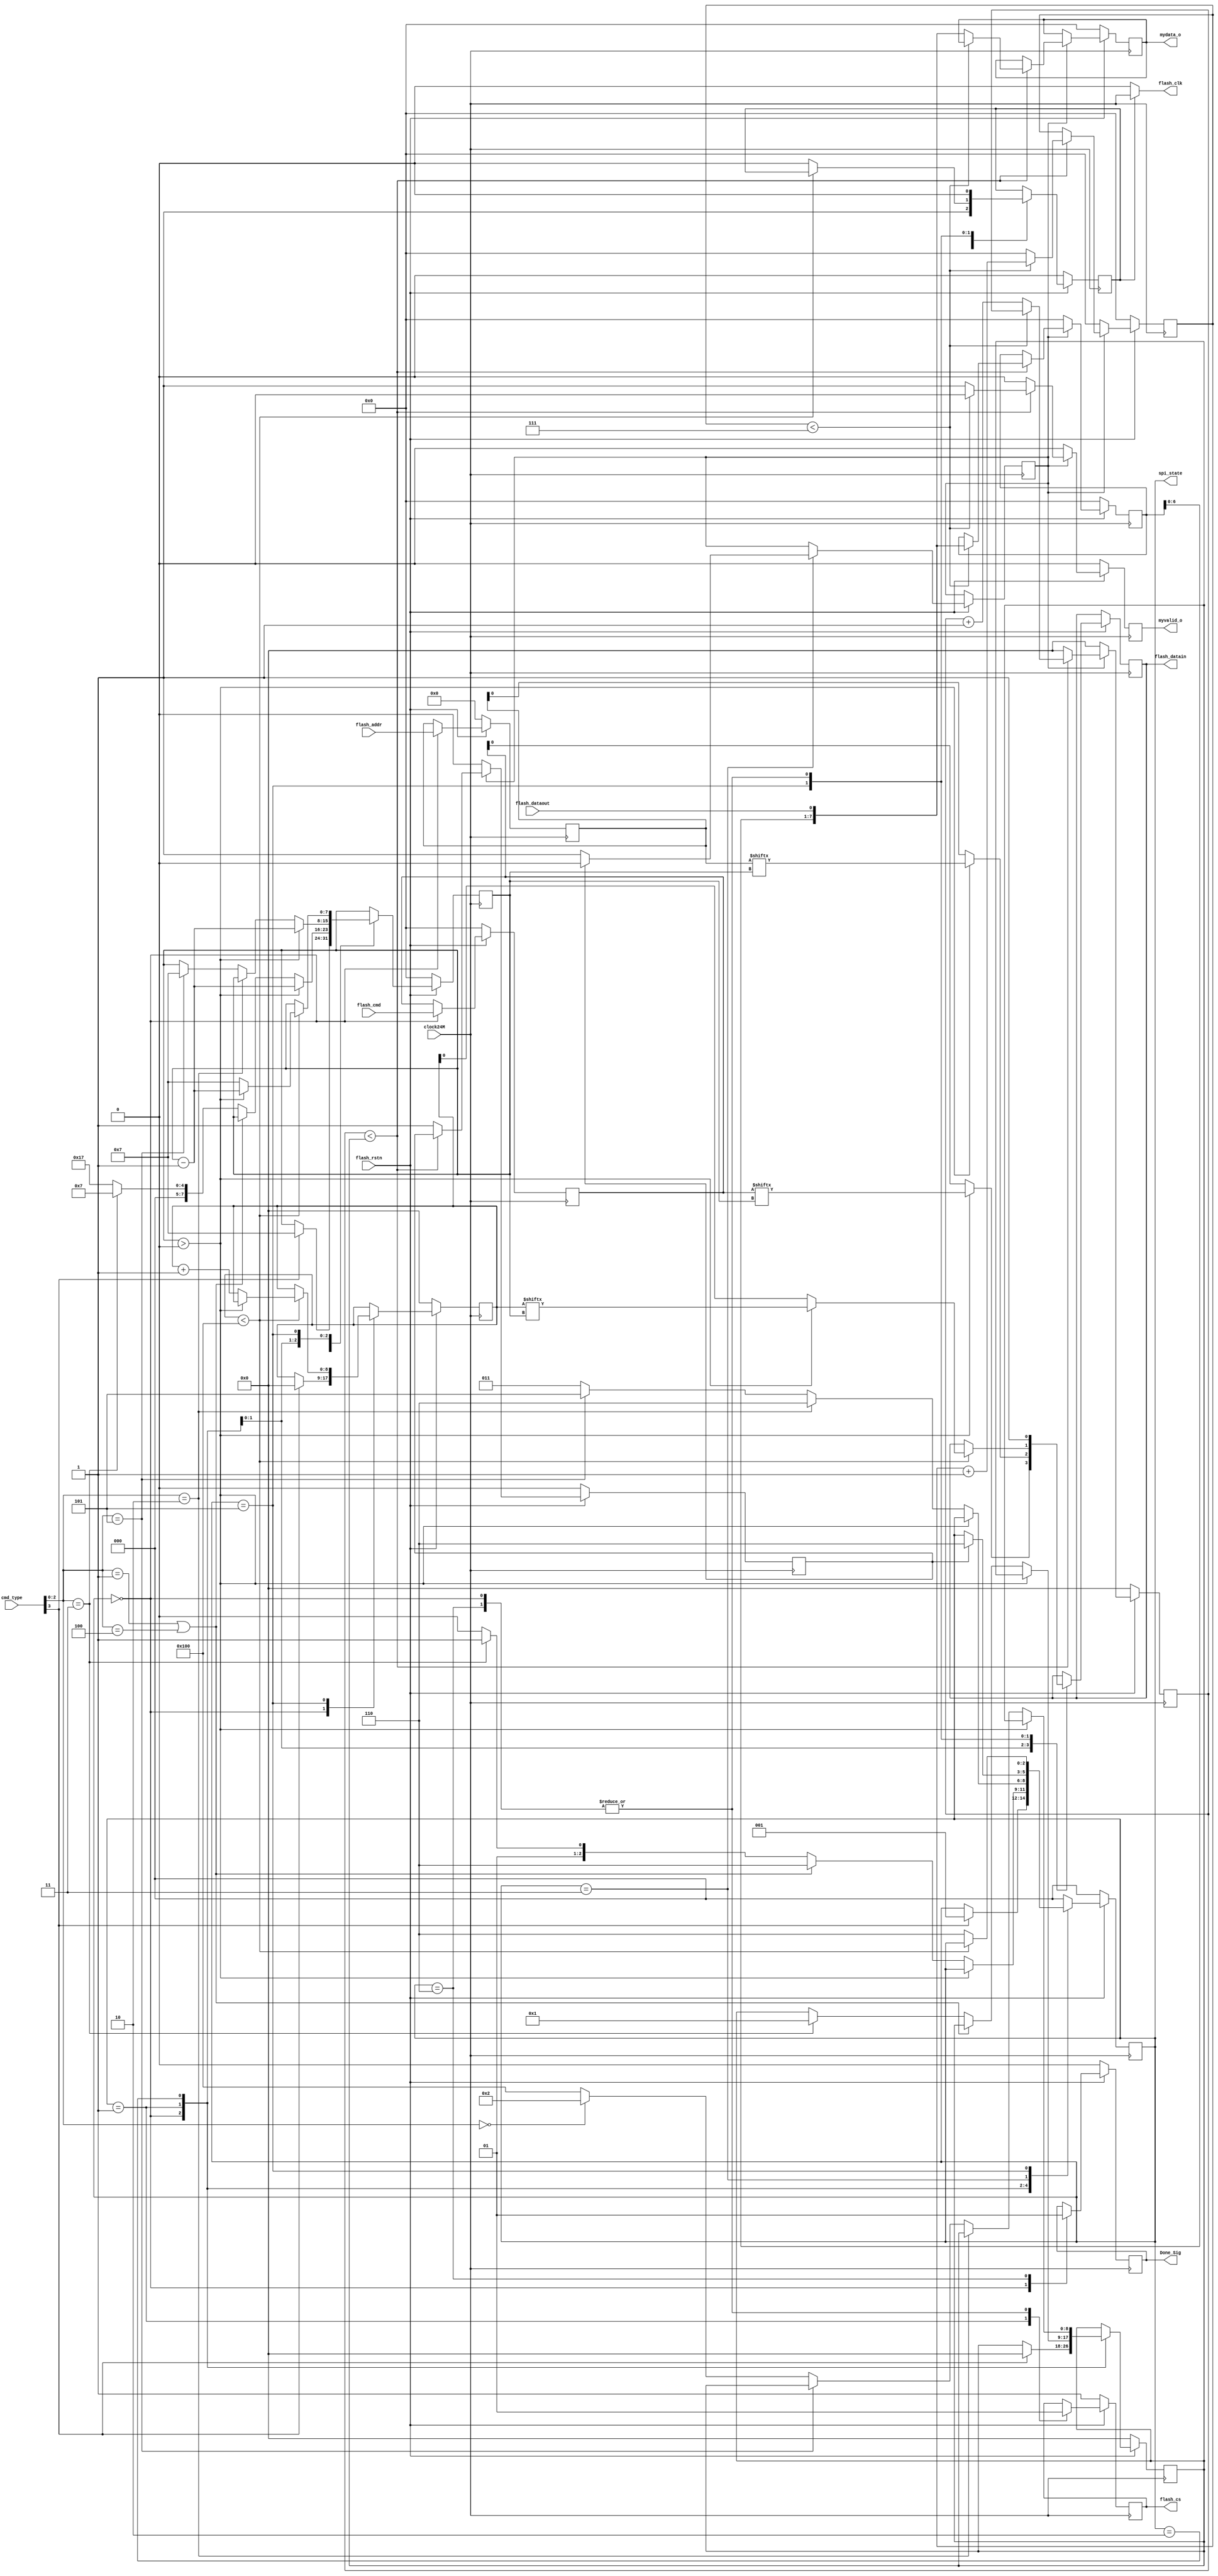
//spiflash
//flash_cmd,flash_addr,cmd_type,flash_rstn,clock24M
//flash_clk,flash_cs,flash_datain,mydata_o,myvalid_o,Done_Sig
//flash
module flash_spi(
        output flash_clk, //SPI clock
        output reg flash_cs, //spi
        output reg flash_datain, //spiflash
        input flash_dataout, //spiflash
        input clock24M, //24M
        input flash_rstn, //
        input [3:0] cmd_type, //
        output reg Done_Sig, //
        input [7:0] flash_cmd, //
        input [23:0] flash_addr, //
        output reg [7:0] mydata_o, //()
        output myvalid_o, //
        output reg [2:0] spi_state //
    );

    //parameter define//
    parameter idle=3'b000;
    parameter cmd_send=3'b001;
    parameter address_send=3'b010;
    parameter read_wait=3'b011;
    parameter write_data=3'b101;
    parameter finish_done=3'b110;

    //reg define//
    reg myvalid;
    reg [7:0] mydata;
    reg spi_clk_en=1'b0;
    reg data_come;
    reg [7:0] cmd_reg;
    reg [23:0] address_reg;
    reg [7:0] cnta;
    reg [8:0] write_cnt;
    reg [7:0] cntb;
    reg [8:0] read_cnt;
    reg [8:0] read_num;
    reg read_finish;

    //assign define//
    assign myvalid_o=myvalid;
    assign flash_clk=spi_clk_en?clock24M:0;

    // flash //
    always @(negedge clock24M) begin
        if(!flash_rstn) begin
            flash_cs<=1'b1;
            spi_state<=idle;
            cmd_reg<=0;
            address_reg<=0;
            spi_clk_en<=1'b0; //SPI clock 
            cnta<=0;
            write_cnt<=0;
            read_num<=0;
            address_reg<=0;
            Done_Sig<=1'b0;
        end
        else begin
            case(spi_state)
                idle: begin
                    spi_clk_en<=1'b0;
                    flash_cs<=1'b1;
                    flash_datain<=1'b1;
                    cmd_reg<=flash_cmd;
                    address_reg<=flash_addr;
                    Done_Sig<=1'b0;
                    if(cmd_type[3]==1'b1) begin // flash 
                        spi_state<=cmd_send;
                        cnta<=7;
                        write_cnt<=0;
                        read_num<=0;
                    end
                end
                cmd_send: begin
                    spi_clk_en<=1'b1; //flash  SPI clock 
                    flash_cs<=1'b0; //cs 
                    if(cnta>0) begin // cmd_reg 
                        flash_datain<=cmd_reg[cnta]; // bit7~bit1 
                        cnta<=cnta-1'b1;
                    end
                    else begin // bit0
                        flash_datain<=cmd_reg[0];
                        if ((cmd_type[2:0]==3'b001) | (cmd_type[2:0]==3'b100)) begin //Write Enable/disable instruction
                            spi_state<=finish_done;
                        end
                        else if (cmd_type[2:0]==3'b011) begin // read register1
                            spi_state<=read_wait;
                            cnta<=7;
                            read_num<=1; //
                        end
                        else begin // sector erase, page program,read data,read device ID
                            spi_state<=address_send;
                            cnta<=23;
                        end
                    end
                end
                address_send: begin
                    if(cnta>0) begin // cmd_reg 
                        flash_datain<=address_reg[cnta]; // bit23~bit1 
                        cnta<=cnta-1;
                    end
                    else begin // bit0
                        flash_datain<=address_reg[0];
                        if(cmd_type[2:0]==3'b010) begin // sector erase
                            spi_state<=finish_done;
                        end
                        else if (cmd_type[2:0]==3'b101) begin // page program
                            spi_state<=write_data;
                            cnta<=7;
                        end
                        else if (cmd_type[2:0]==3'b000) begin // Device ID
                            spi_state<=read_wait;
                            read_num<=2; // 2  Device ID
                        end
                        else begin
                            spi_state<=read_wait;
                            read_num<=256; // 256 
                        end
                    end
                end
                read_wait: begin
                    if(read_finish) begin
                        spi_state<=finish_done;
                        data_come<=1'b0;
                    end
                    else
                        data_come<=1'b1;
                end
                write_data: begin
                    if(write_cnt<256) begin // program 256 byte to flash
                        if(cnta>0) begin // data 
                            flash_datain<=write_cnt[cnta]; // bit7~bit1 
                            cnta<=cnta-1'b1;
                        end
                        else begin
                            flash_datain<=write_cnt[0]; // bit0
                            cnta<=7;
                            write_cnt<=write_cnt+1'b1;
                        end
                    end
                    else begin
                        spi_state<=finish_done;
                        spi_clk_en<=1'b0;
                    end
                end
                finish_done: begin
                    flash_cs<=1'b1;
                    flash_datain<=1'b1;
                    spi_clk_en<=1'b0;
                    Done_Sig<=1'b1;
                    spi_state<=idle;
                end
                default:
                    spi_state<=idle;
            endcase
        end
    end
    // flash 
    always @(posedge clock24M) begin
        if(!flash_rstn) begin
            read_cnt<=0;
            cntb<=0;
            read_finish<=1'b0;
            myvalid<=1'b0;
            mydata<=0;
            mydata_o<=0;
        end
        else
            if(data_come) begin
                if(read_cnt<read_num) begin //
                    if(cntb<7) begin // byte  bit0~bit6
                        myvalid<=1'b0;
                        mydata<={mydata[6:0],flash_dataout};
                        cntb<=cntb+1'b1;
                    end
                    else begin
                        myvalid<=1'b1; // byte 
                        mydata_o<={mydata[6:0],flash_dataout}; // bit7
                        cntb<=0;
                        read_cnt<=read_cnt+1'b1;
                    end
                end
                else begin
                    read_cnt<=0;
                    read_finish<=1'b1;
                    myvalid<=1'b0;
                end
            end
            else begin
                read_cnt<=0;
                cntb<=0;
                read_finish<=1'b0;
                myvalid<=1'b0;
                mydata<=0;
            end
    end
endmodule